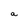
Character: a